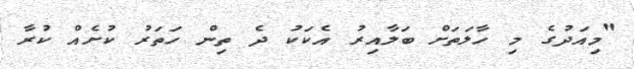
"މިއަދުގެ މި ހާލަތަށް ބަލާއިރު އެކަކު ދެ ތިން ހަތަރު ކުށެއް ކުރާ